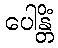
ပေါန္တိံ